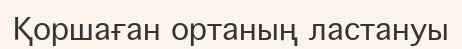
Қоршаған ортаның ластануы